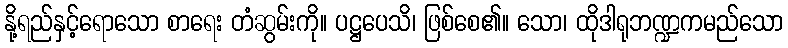
နို့ရည်နှင့်ရောသော စာရေး တံဆွမ်းကို။ ပဋ္ဌပေသိ၊ ဖြစ်စေ၏။ သော၊ ထိုဒါရုဘဏ္ဍကမည်သော